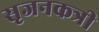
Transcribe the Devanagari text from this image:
सृजनकत्री